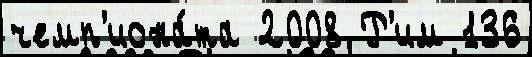
чемп'иона́та 2008 Р'им 136